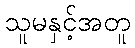
သူမနှင့်အတူ